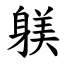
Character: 躾